Document type: Confirmation
Year: 1374
Scribe: Ramon Camat
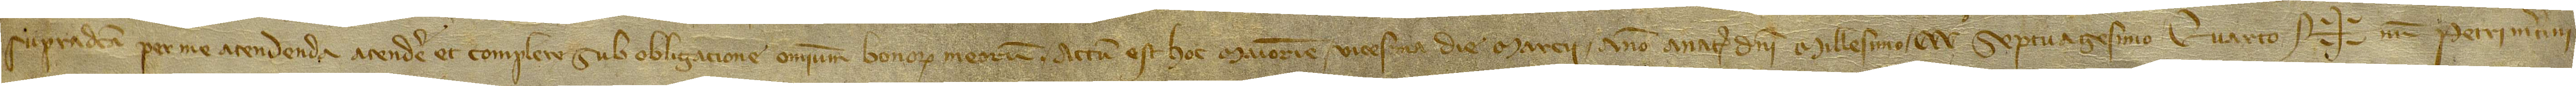
supradicta per me atendenda atendere et complere, sub obligacione omnium bonorum meorum. Actum est hoc Maioricis vicesima die marcii, anno a Nativitate Domini millesimo CCCº septuagesimo quarto. Sig+num Petri Martini,